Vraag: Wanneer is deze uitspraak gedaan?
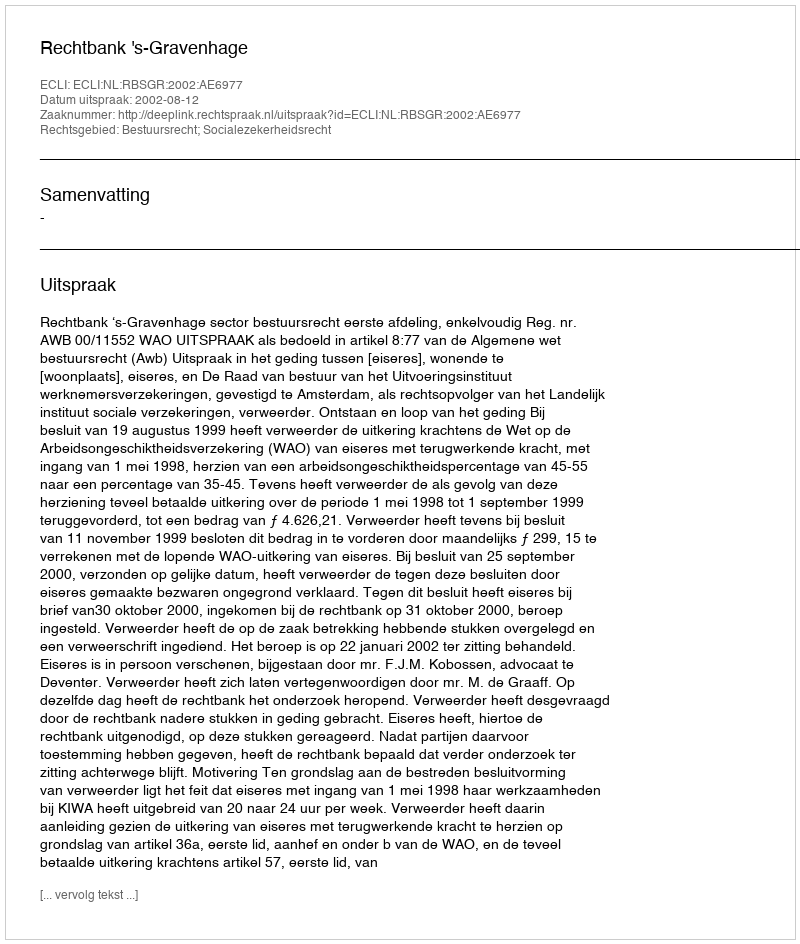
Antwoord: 2002-08-12